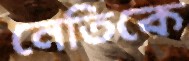
নেতিকে